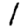
Digit: 1